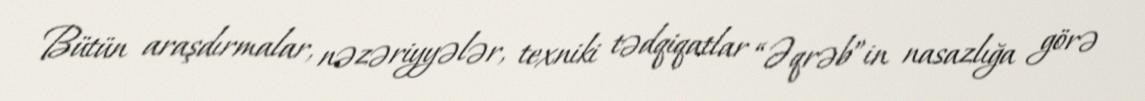
Bütün araşdırmalar, nəzəriyyələr, texniki tədqiqatlar “Əqrəb”in nasazlığa görə